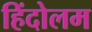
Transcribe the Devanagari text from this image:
हिंदोलम